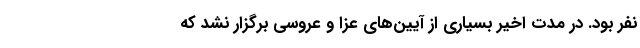
نفر بود. در مدت اخیر بسیاری از آیین‌های عزا و عروسی برگزار نشد که